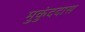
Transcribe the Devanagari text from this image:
मुकुंददास